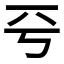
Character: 𠀒